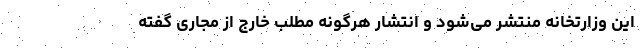
این وزارتخانه منتشر می‌شود و انتشار هرگونه مطلب خارج از مجاری گفته